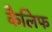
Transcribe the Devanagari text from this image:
कैलिफ